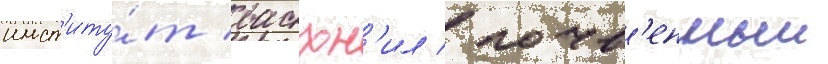
инст'иту́т васхн'ил / почв'енныи